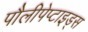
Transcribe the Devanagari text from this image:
पौलीपेप्टाइड्स